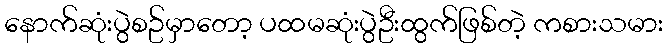
နောက်ဆုံးပွဲစဥ်မှာတော့ ပထမဆုံးပွဲဦးထွက်ဖြစ်တဲ့ ကစားသမား